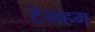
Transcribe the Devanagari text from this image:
टेनहम